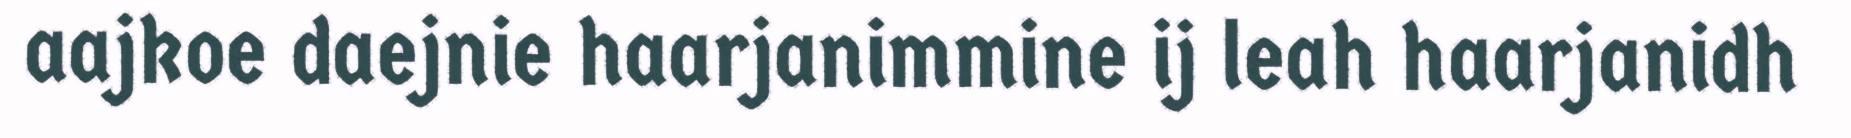
aajkoe daejnie haarjanimmine ij leah haarjanidh